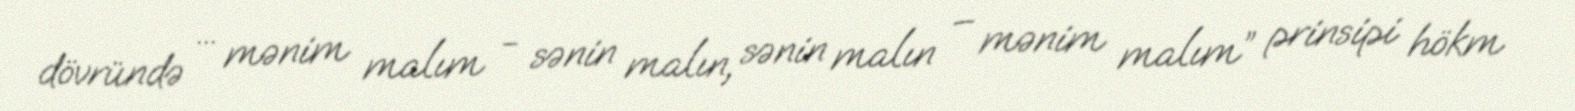
dövründə ... mənim malım - sənin malın, sənin malın – mənim malım” prinsipi hökm